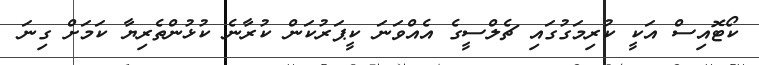
ކޯޓޮއިސް އަކީ ކުރިމަގުގައި ޗެލްސީގެ އެއްވަނަ ކީޕަރުކަން ކުރާނެ ކުޅުންތެރިޔާ ކަމަށް ގިނަ